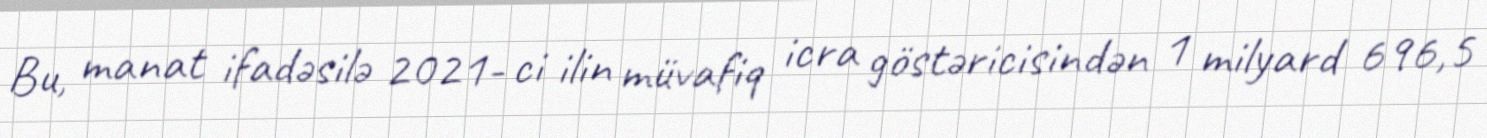
Bu, manat ifadəsilə 2021- ci ilin müvafiq icra göstəricisindən 1 milyard 696,5